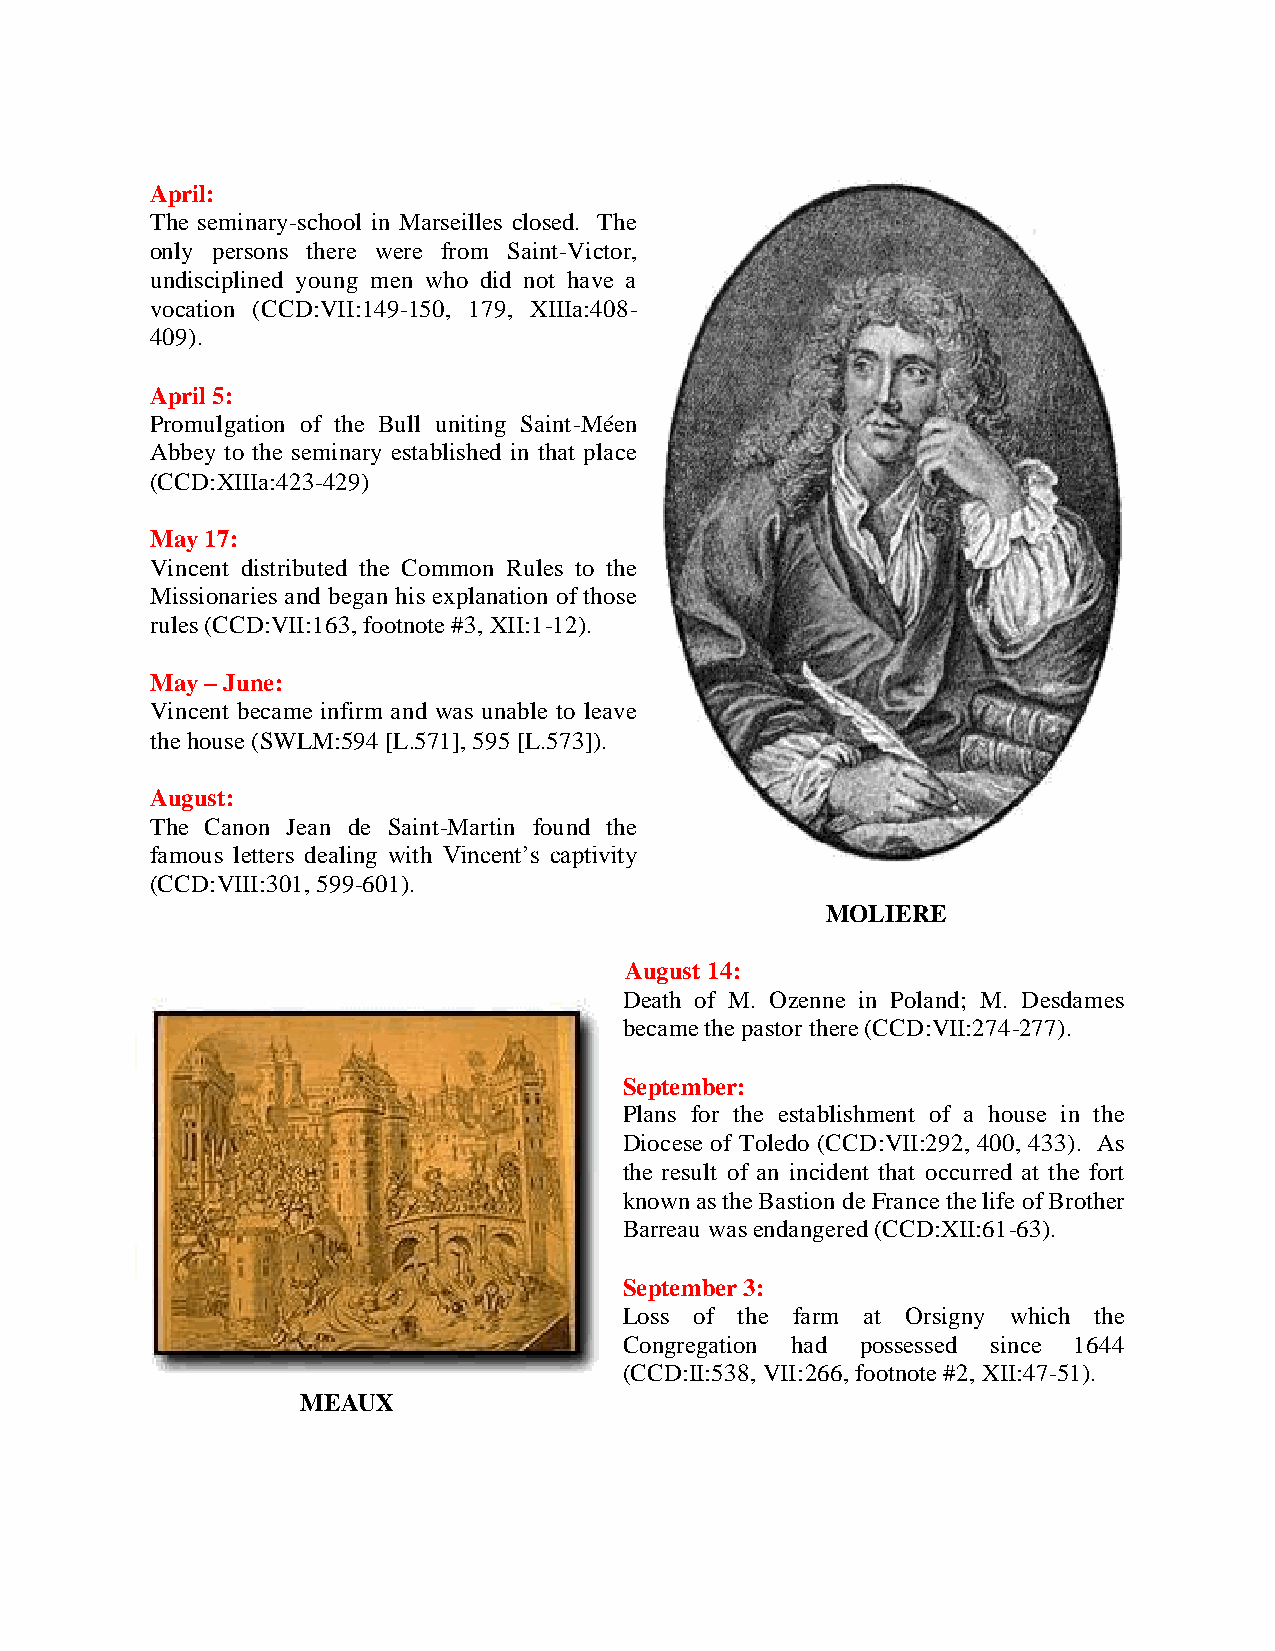
April:
 The seminary-school in Marseilles closed. The
 only persons there were from Saint-Victor,
 undisciplined young men who did not have a
 vocation (CCD:VII:149-150, 179, XIIIa:408-
 409).
 April 5:
 Promulgation of the Bull uniting Saint-Méen
 Abbey to the seminary established in that place
 (CCD:XIIIa:423-429)
 May 17:
 Vincent distributed the Common Rules to the
 Missionaries and began his explanation of those
 rules (CCD:VII:163, footnote #3, XII:1-12).
 May – June:
 Vincent became infirm and was unable to leave
 the house (SWLM:594 [L.571], 595 [L.573]).
 August:
 The Canon Jean de Saint-Martin found the
 famous letters dealing with Vincent’s captivity
 (CCD:VIII:301, 599-601).
 MOLIERE
 August 14:
 Death of M. Ozenne in Poland; M. Desdames
 became the pastor there (CCD:VII:274-277).
 September:
 Plans for the establishment of a house in the
 Diocese of Toledo (CCD:VII:292, 400, 433). As
 the result of an incident that occurred at the fort
 known as the Bastion de France the life of Brother
 Barreau was endangered (CCD:XII:61-63).
 September 3:
 Loss of the farm at Orsigny which the
 Congregation had possessed since 1644
 (CCD:II:538, VII:266, footnote #2, XII:47-51).
 MEAUX